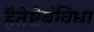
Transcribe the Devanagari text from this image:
हैतेष्टेबंविधा